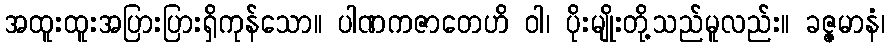
အထူးထူးအပြားပြားရှိကုန်သော။ ပါဏကဇာတေဟိ ဝါ၊ ပိုးမျိုးတို့သည်မူလည်း။ ခဇ္ဇမာနံ၊